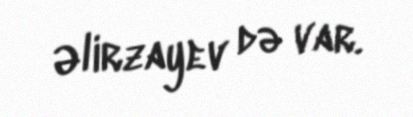
Əlirzayev də var.